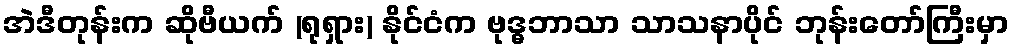
အဲဒီတုန်းက ဆိုဗီယက် (ရုရှား) နိုင်ငံက ဗုဒ္ဓဘာသာ သာသနာပိုင် ဘုန်းတော်ကြီးမှာ